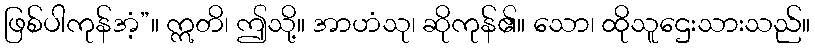
ဖြစ်ပါကုန်အံ့”။ ဣတိ၊ ဤသို့။ အာဟံသု၊ ဆိုကုန်၏။ သော၊ ထိုသူဌေးသားသည်။